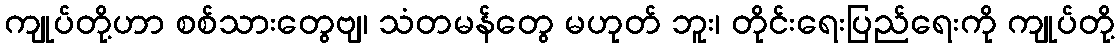
ကျုပ်တို့ဟာ စစ်သားတွေဗျ၊ သံတမန်တွေ မဟုတ် ဘူး၊ တိုင်းရေးပြည်ရေးကို ကျုပ်တို့